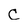
Character: C